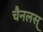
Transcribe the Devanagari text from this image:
चैनलस्